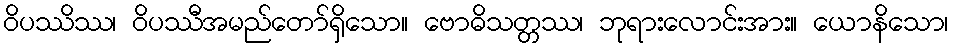
ဝိပဿိဿ၊ ဝိပဿီအမည်တော်ရှိသော။ ဗောဓိသတ္တဿ၊ ဘုရားလောင်းအား။ ယောနိသော၊